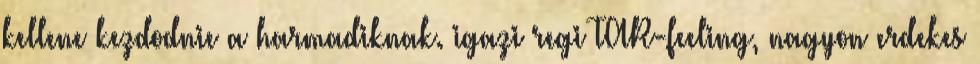
kellene kezdodnie a harmadiknak. igazi regi TAR-feeling, nagyon erdekes